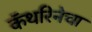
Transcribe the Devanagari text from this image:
कॅथरिनेचा